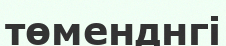
төменднгі